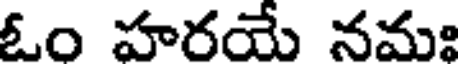
ఓం హరయే నమః